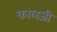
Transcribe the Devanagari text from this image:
कालजी